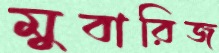
মুবারিজ